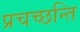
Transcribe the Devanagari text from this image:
प्रचच्छन्ति